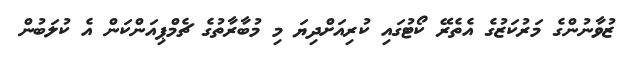
ޒުވާނުންގެ މަރުކަޒުގެ އެތެރޭ ކޯޓުގައި ކުރިއަށްދިޔަ މި މުބާރާތުގެ ޗެމްޕިއަންކަން އެ ކުލަބުން